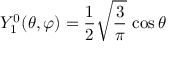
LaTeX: Y _ { 1 } ^ { 0 } ( \theta , \varphi ) = { \frac { 1 } { 2 } } { \sqrt { \frac { 3 } { \pi } } } \, \cos \theta